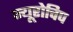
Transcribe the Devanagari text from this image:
न्यूरोचिप